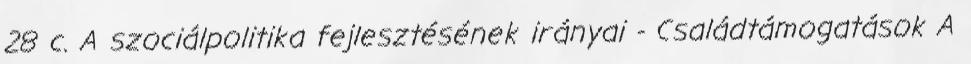
28 c. A szociálpolitika fejlesztésének irányai - Családtámogatások A